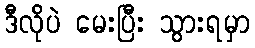
ဒီလိုပဲ မေးပြီး သွားရမှာ